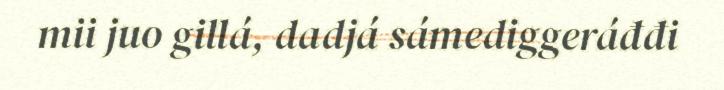
mii juo gillá, dadjá sámediggeráđđi